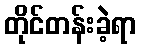
တိုင်တန်းခဲ့ရာ